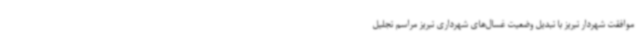
موافقت شهردار تبریز با تبدیل وضعیت غسال‌های شهرداری تبریز مراسم تجلیل